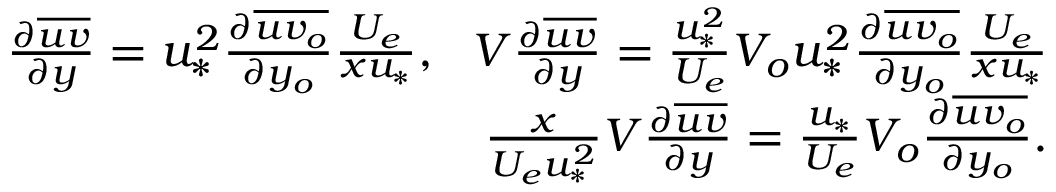
\begin{array} { r } { \frac { \partial \overline { { u v } } } { \partial y } = u _ { * } ^ { 2 } \frac { \partial \overline { { u v _ { o } } } } { \partial y _ { o } } \frac { U _ { e } } { x u _ { * } } , \ \ V \frac { \partial \overline { { u v } } } { \partial y } = \frac { u _ { * } ^ { 2 } } { U _ { e } } V _ { o } u _ { * } ^ { 2 } \frac { \partial \overline { { u v _ { o } } } } { \partial y _ { o } } \frac { U _ { e } } { x u _ { * } } } \\ { \frac { x } { U _ { e } u _ { * } ^ { 2 } } V \frac { \partial \overline { { u v } } } { \partial y } = \frac { u _ { * } } { U _ { e } } V _ { o } \frac { \partial \overline { { u v _ { o } } } } { \partial y _ { o } } . } \end{array}